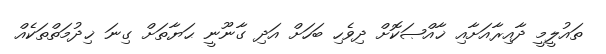
ތައުލީމީ ދާއިރާއަށާއި ޚާއްޞަކޮށް ދިވެހި ބަހަށް އަދި ގާނޫނީ ޙަޔާތަށް ގިނަ ޚިދުމަތްތަކެއް